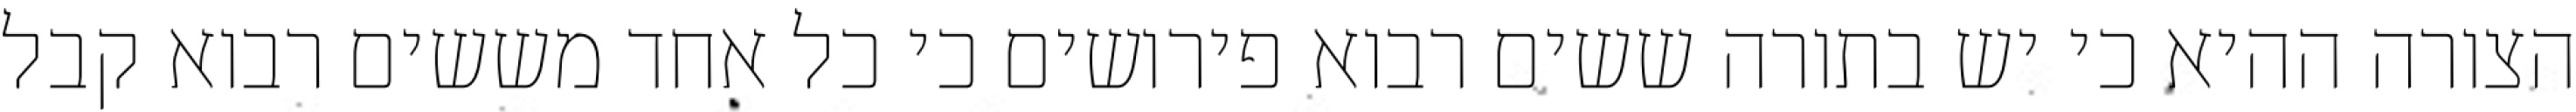
הצורה ההיא כי יש בתורה ששים רבוא פירושים כי כל אחד מששים רבוא קבל